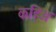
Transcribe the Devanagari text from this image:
कहिअ